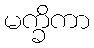
မက္ခိကာ